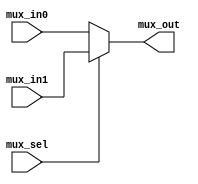
module MUXn_2_1(mux_in0, mux_in1, mux_sel, mux_out);
  parameter MuxLen = 63;
  output [MuxLen:0] mux_out;
  input [MuxLen:0] mux_in0;
  input [MuxLen:0] mux_in1;
  input mux_sel;
  reg [MuxLen:0] mux_out;
  always @(mux_in0 or mux_in1 or mux_sel)
  begin
    if (mux_sel == 1'b1)
      mux_out = mux_in1;
    else
      mux_out = mux_in0;
  end
endmodule